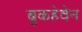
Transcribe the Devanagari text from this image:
ब्रुकहेवेन